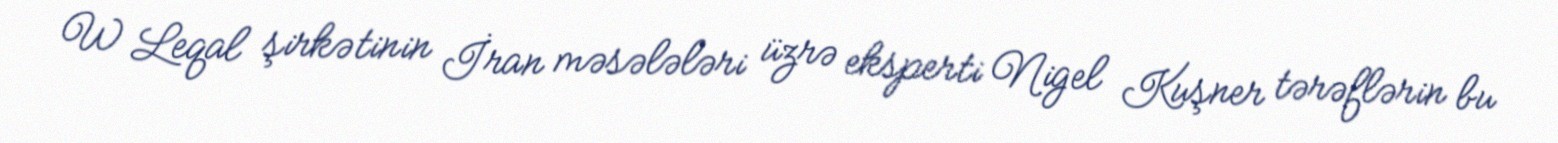
W Leqal şirkətinin İran məsələləri üzrə eksperti Nigel Kuşner tərəflərin bu